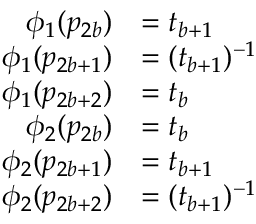
\begin{array} { r l } { \phi _ { 1 } ( p _ { 2 b } ) } & { = t _ { b + 1 } } \\ { \phi _ { 1 } ( p _ { 2 b + 1 } ) } & { = ( t _ { b + 1 } ) ^ { - 1 } } \\ { \phi _ { 1 } ( p _ { 2 b + 2 } ) } & { = t _ { b } } \\ { \phi _ { 2 } ( p _ { 2 b } ) } & { = t _ { b } } \\ { \phi _ { 2 } ( p _ { 2 b + 1 } ) } & { = t _ { b + 1 } } \\ { \phi _ { 2 } ( p _ { 2 b + 2 } ) } & { = ( t _ { b + 1 } ) ^ { - 1 } } \end{array}